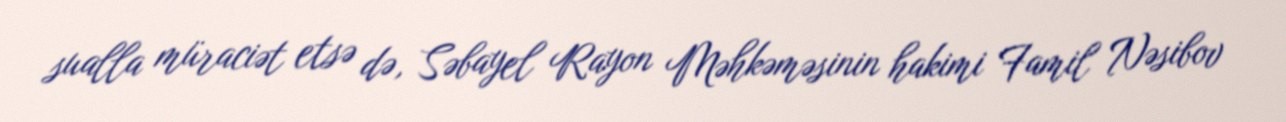
sualla müraciət etsə də, Səbayel Rayon Məhkəməsinin hakimi Famil Nəsibov